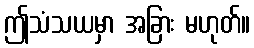
ဤသံသယမှာ အခြား မဟုတ်။